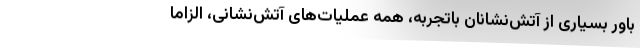
باور بسیاری از آتش‌نشانان باتجربه، همه عملیات‌های آتش‌نشانی، الزاماً